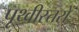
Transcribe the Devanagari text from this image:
पृथ्वीस्तरों